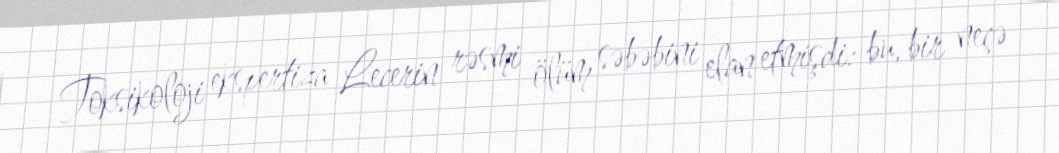
Toksikoloji ekspertiza Lecerin rəsmi ölüm səbəbini elan etmişdi: bu, bir neçə